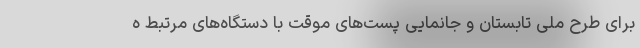
برای طرح ملی تابستان و جانمایی پست‌های موقت با دستگاه‌های مرتبط ه